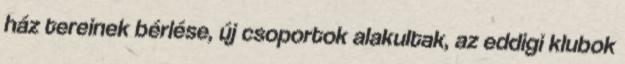
ház tereinek bérlése, új csoportok alakultak, az eddigi klubok